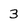
Character: 3